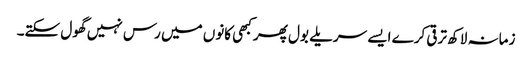
زمانہ لاکھ ترقی کرے ایسے سریلے بول پھر کبھی کانوں میں رس نہیں گھول سکتے۔